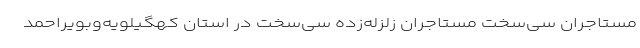
مستاجران سی‌سخت مستاجران زلزله‌زده سی‌سخت در استان کهگیلویه‌وبویراحمد